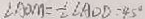
\angle A O M = \frac { 1 } { 2 } \angle A O D = 4 5 ^ { \circ }